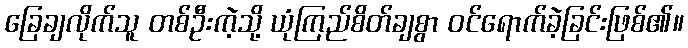
ခြေချလိုက်သူ တစ်ဦးကဲ့သို့ ယုံကြည်စိတ်ချစွာ ဝင်ရောက်ခဲ့ခြင်းဖြစ်၏။